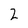
Character: 2